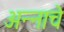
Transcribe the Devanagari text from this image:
अन्‍नाचे